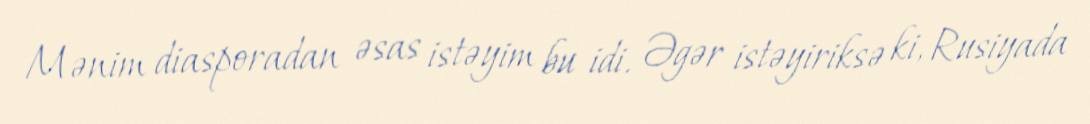
Mənim diasporadan əsas istəyim bu idi. Əgər istəyiriksə ki, Rusiyada